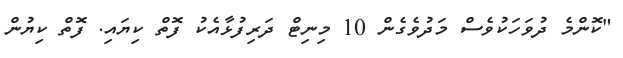
"ކޮންމެ ދުވަހަކުވެސް މަދުވެގެން 10 މިނިޓް ދަރިފުޅާއެކު ފޮތް ކިޔައި. ފޮތް ކިޔުން